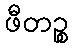
ဖီတဉ္စ